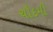
ચૌદમી